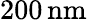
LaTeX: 200\, \mathrm{nm}